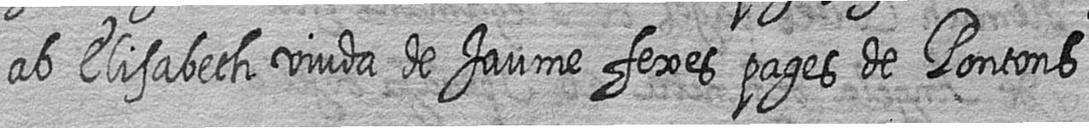
ab Elisabeth viuda de Jaume fexes pages de Pontons